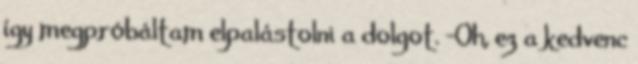
így megpróbáltam elpalástolni a dolgot. -Oh, ez a kedvenc